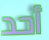
أحد